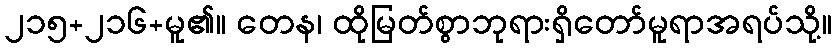
၂၁၅+၂၁၆+မူ၏။ တေန၊ ထိုမြတ်စွာဘုရားရှိတော်မူရာအရပ်သို့။